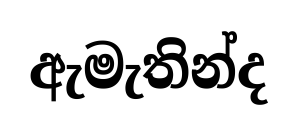
ඇමැතින්ද